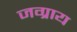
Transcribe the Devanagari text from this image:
जग्राय